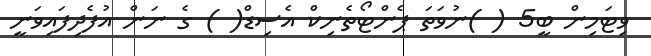
ވިޓަމިން ބީ5 ( )ނުވަތަ ޕެންޓޯތެނިކް އެސިޑް( ) ގެ ނަން އުފެދިފައިވަނީ